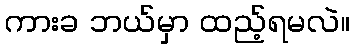
ကားခ ဘယ်မှာ ထည့်ရမလဲ။